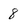
Character: 8